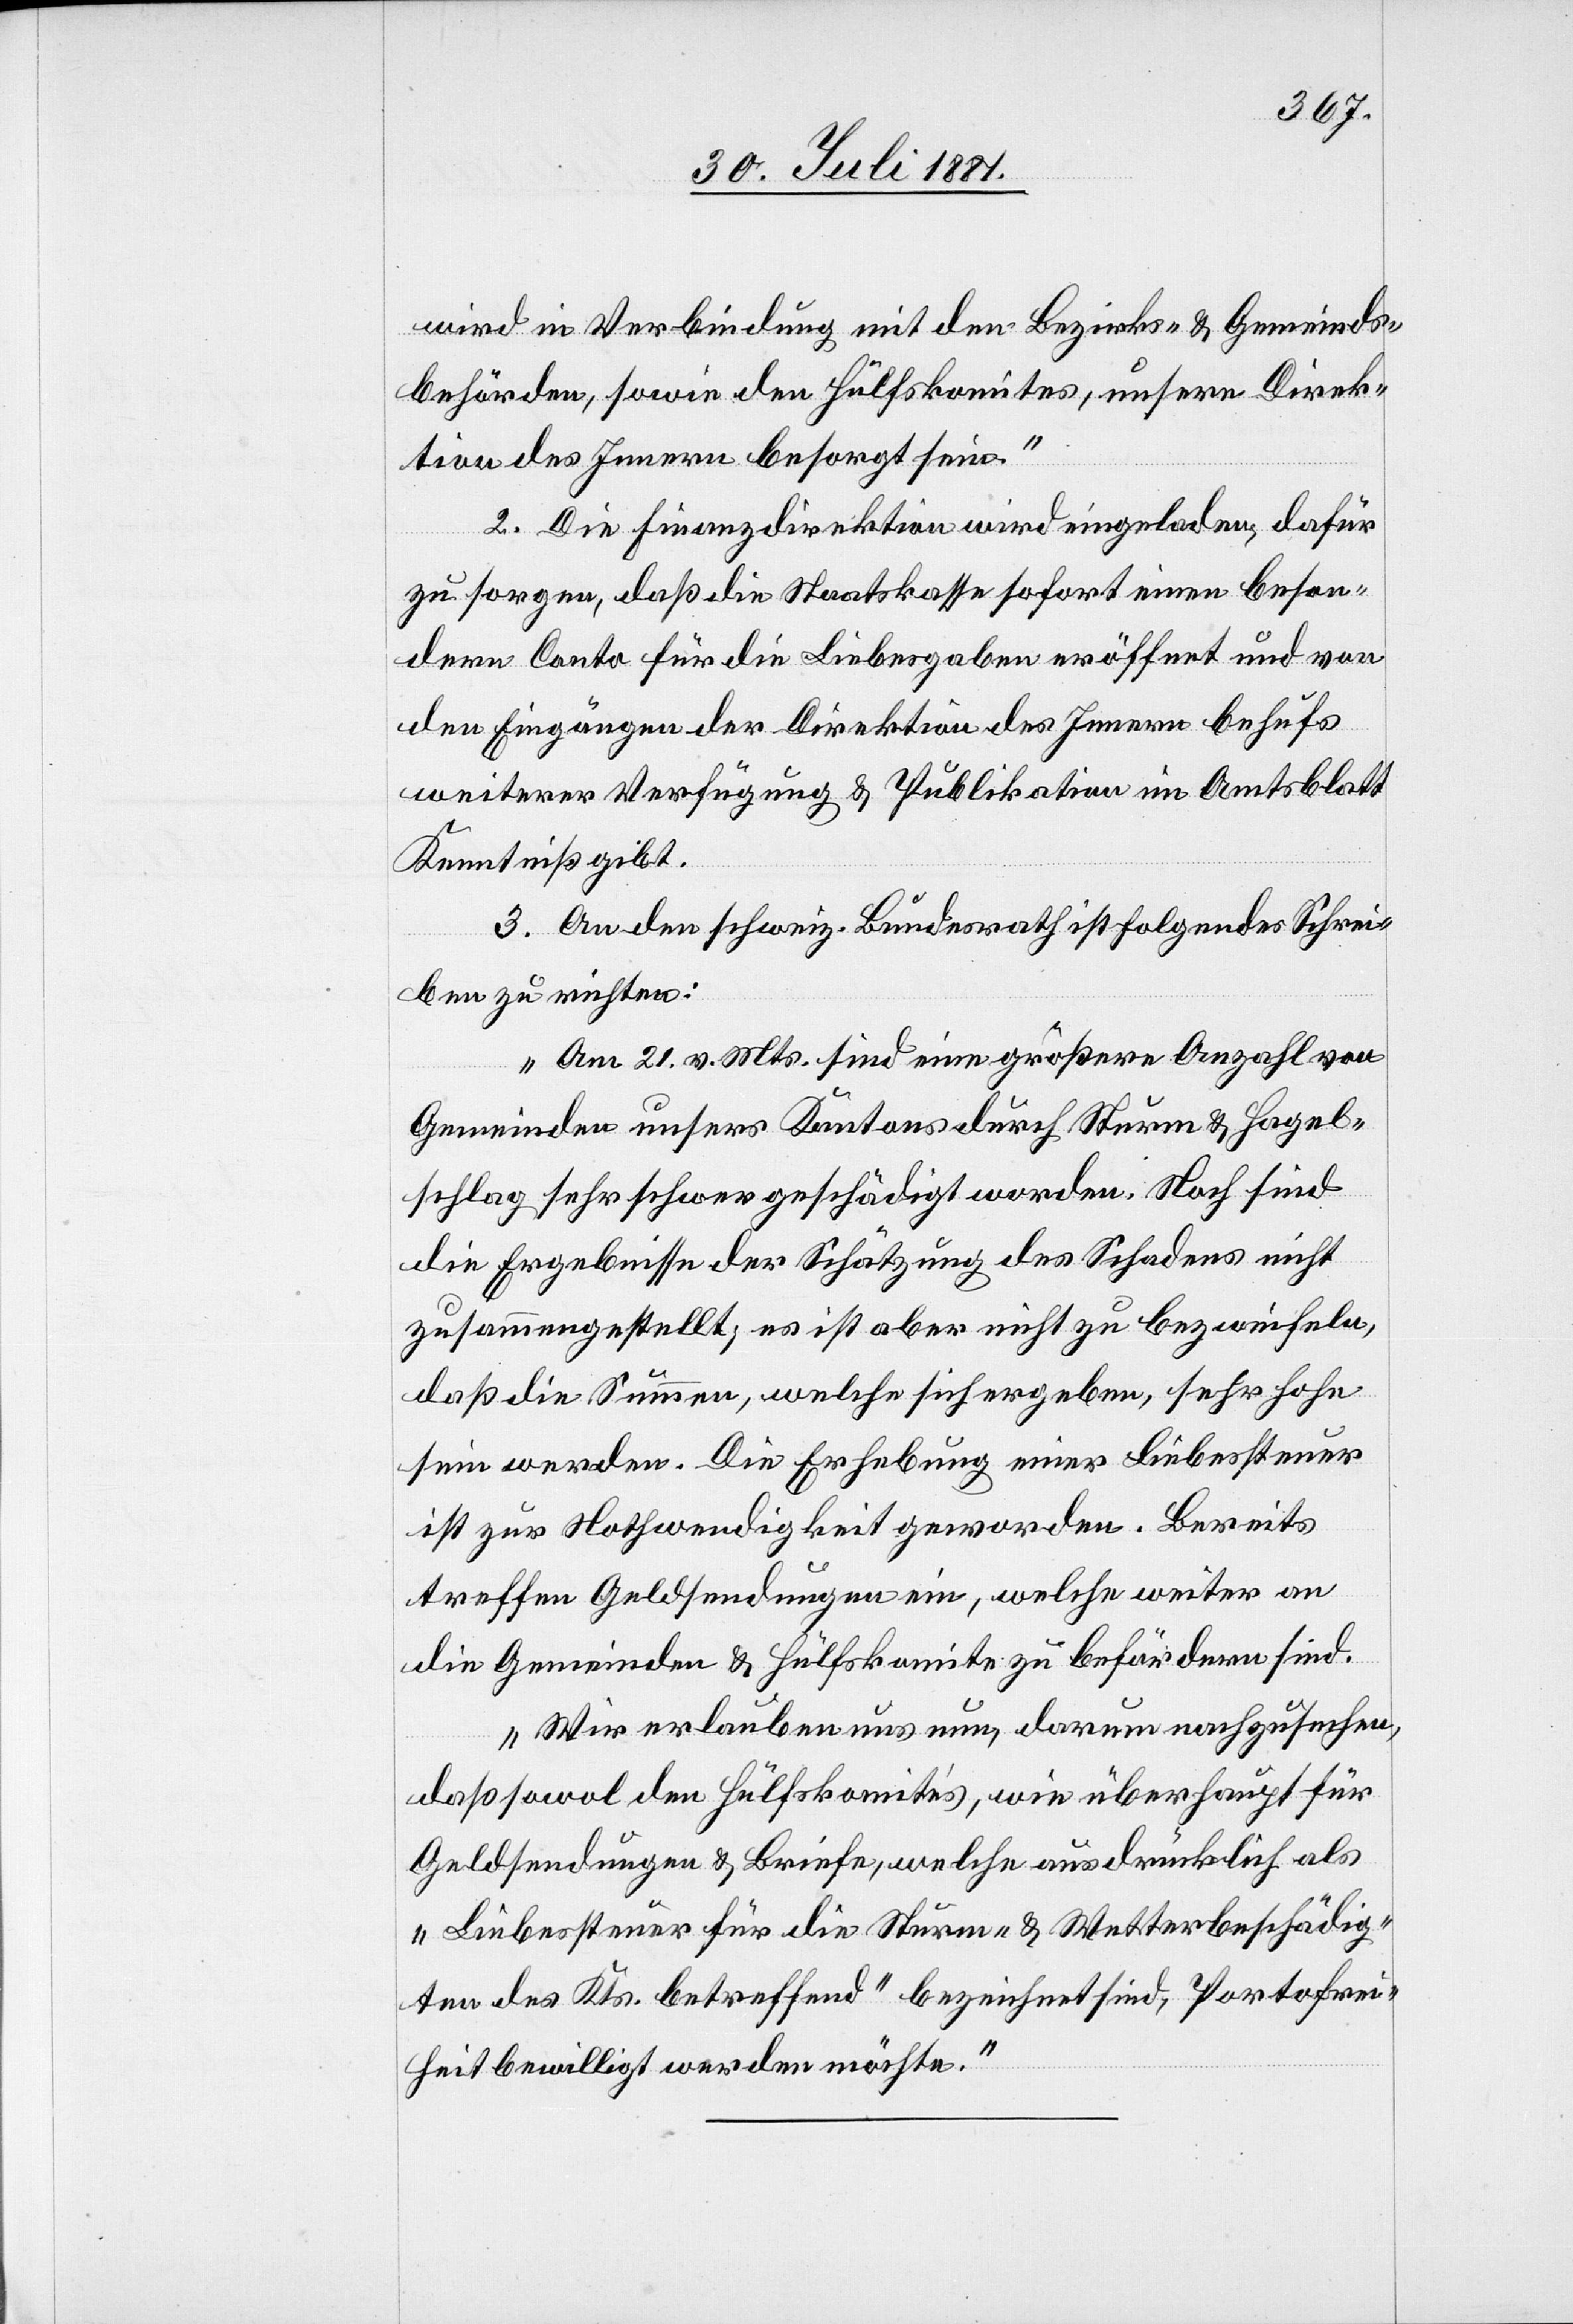
wird in Verbindung mit den Bezirks- & Gemeinds¬
behörden, sowie den Hülfskomites, unsere Direk¬
tion des Innern besorgt sein.“
2. Die Finanzdirektion wird eingeladen, dafür
zu sorgen, daß die Staatskasse sofort eine beson¬
dere Conto für die Liebesgaben eröffnet und von
den Eingängen der Direktion des Innern behufs
weiterer Verfügung & Publikation im Amtsblatt
Kenntniß gibt.
3. An den schweiz. Bundesrath ist folgendes Schrei¬
ben zu richten:
„Am 21. v. Mts. sind eine größere Anzahl von
Gemeinden unsers Kantons durch Sturm & Hagel¬
schlag sehr schwer geschädigt worden. Noch sind
die Ergebnisse der Schätzung des Schadens nicht
zusammengestellt, es ist aber nicht zu bezweifeln,
daß die Summen, welche sich ergeben, sehr hohe
sein werden. Die Erhebung einer Liebessteuer
ist zur Nothwendigkeit geworden. Bereits
treffen Geldsendungen ein, welche weiter an
die Gemeinden & Hülfskomite zu befördern sind.
Wir erlauben uns nun, darum nachzusuchen,
daß sowol den Hülfskomités, wie überhaupt für
Geldsendungen & Briefe, welche ausdrücklich als
„Liebessteuer für die Sturm- & Wetterbeschädig¬
ten des Kts. betreffend“ bezeichnet sind, Portofrei¬
heit bewilligt werden möchte.“